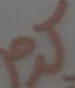
کرم